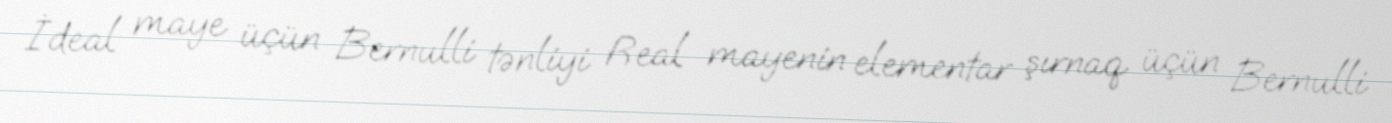
İdeal maye üçün Bernulli tənliyi Real mayenin elementar şırnaq üçün Bernulli